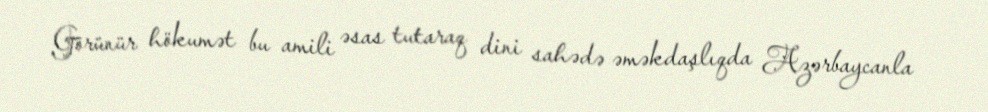
Görünür hökumət bu amili əsas tutaraq dini sahədə əməkdaşlıqda Azərbaycanla